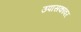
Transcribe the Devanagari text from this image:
उपासकांवर